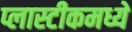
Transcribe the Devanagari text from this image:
प्लास्टीकमध्ये